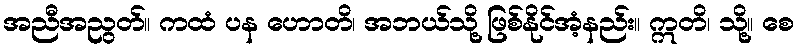
အညီအညွတ်။ ကထံ ပန ဟောတိ၊ အဘယ်သို့ ဖြစ်နိုင်အံ့နည်း။ ဣတိ၊ သို့။ စေ